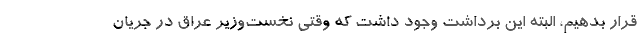
قرار بدهیم، البته این برداشت وجود داشت که وقتی نخست‌وزیر عراق در جریان